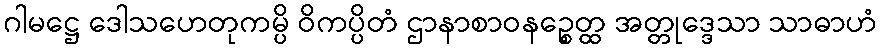
ဂါမဋ္ဌေ ဒေါသဟေတုကမ္ပိ ဝိကပ္ပိတံ ဌာနာစာဝနဉ္စေတ္ထ အတ္တုဒ္ဒေသာ သာဓာဟံ